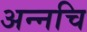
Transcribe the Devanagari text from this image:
अन्नचि